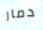
دمار